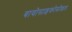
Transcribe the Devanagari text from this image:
बायोसाइकोसोशल